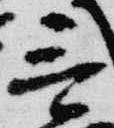
言